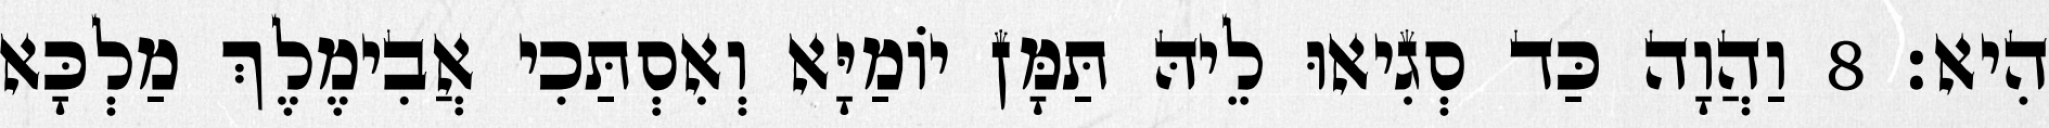
הִיא׃ 8 וַהֲוָה כַּד סְגִיאוּ לֵיהּ תַּמָּן יוֹמַיָּא וְאִסְתַּכִי אֲבִימֶלֶךְ מַלְכָּא